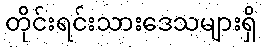
တိုင်းရင်းသားဒေသများရှိ